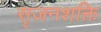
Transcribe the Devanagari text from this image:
सृजनशक्ति